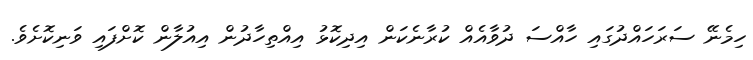
ހިމެނޭ ސަރަހައްދުގައި ހާއްސަ ދުވާއެއް ކުރާނެކަން އިދިކޮޅު އިއްތިހާދުން އިއުލާން ކޮށްފައި ވަނިކޮށެވެ.